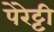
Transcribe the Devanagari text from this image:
पेरेट्टी